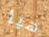
هيا